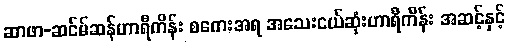
ဆာဖာ-ဆင်မ်ဆန်ဟာရီကိန်း စကေးအရ အသေးငယ်ဆုံးဟာရီကိန်း အဆင့်နှင့်